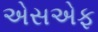
એસએફ